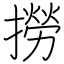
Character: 撈